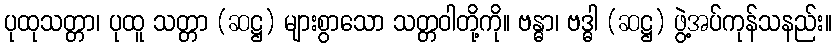
ပုထုသတ္တာ၊ ပုထူ သတ္တာ (ဆဋ္ဌ) များစွာသော သတ္တဝါတို့ကို။ ဗန္ဓာ၊ ဗဒ္ဓါ (ဆဋ္ဌ) ဖွဲ့အပ်ကုန်သနည်း။